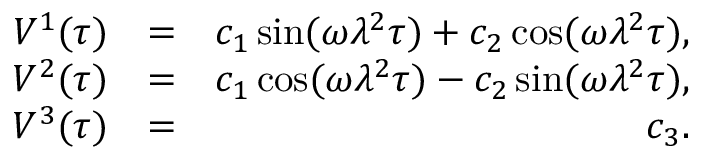
\begin{array} { r l r } { V ^ { 1 } ( \tau ) } & { = } & { c _ { 1 } \sin ( \omega \lambda ^ { 2 } \tau ) + c _ { 2 } \cos ( \omega \lambda ^ { 2 } \tau ) , } \\ { V ^ { 2 } ( \tau ) } & { = } & { c _ { 1 } \cos ( \omega \lambda ^ { 2 } \tau ) - c _ { 2 } \sin ( \omega \lambda ^ { 2 } \tau ) , } \\ { V ^ { 3 } ( \tau ) } & { = } & { c _ { 3 } . } \end{array}